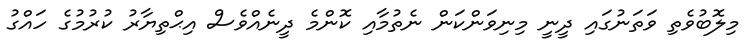
މިލޮބުވެތި ވަތަނުގައި ދީނީ މިނިވަންކަން ނެތުމާއި ކޮންމެ ދީނެއްވެސް އިޙްތިޔާރު ކުރުމުގެ ހައްގު